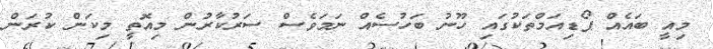
މިއީ ބައެއް ޕޯޑިއަމްތަކުގައި ހޫނު ބަހުސެއް ނަމަވެސް ސަރުކާރުން މިއޮތީ މިކަން ކުރަން